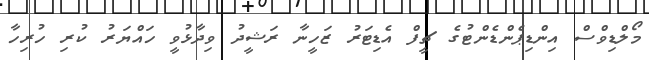
މޯލްޑިވްސް އިންޑިޕެންޑެންޓުގެ ޗީފް އެޑިޓަރު ޒަހީނާ ރަޝީދު ވިދާޅުވީ ހައްޔަރު ކުރި ހުރިހާ